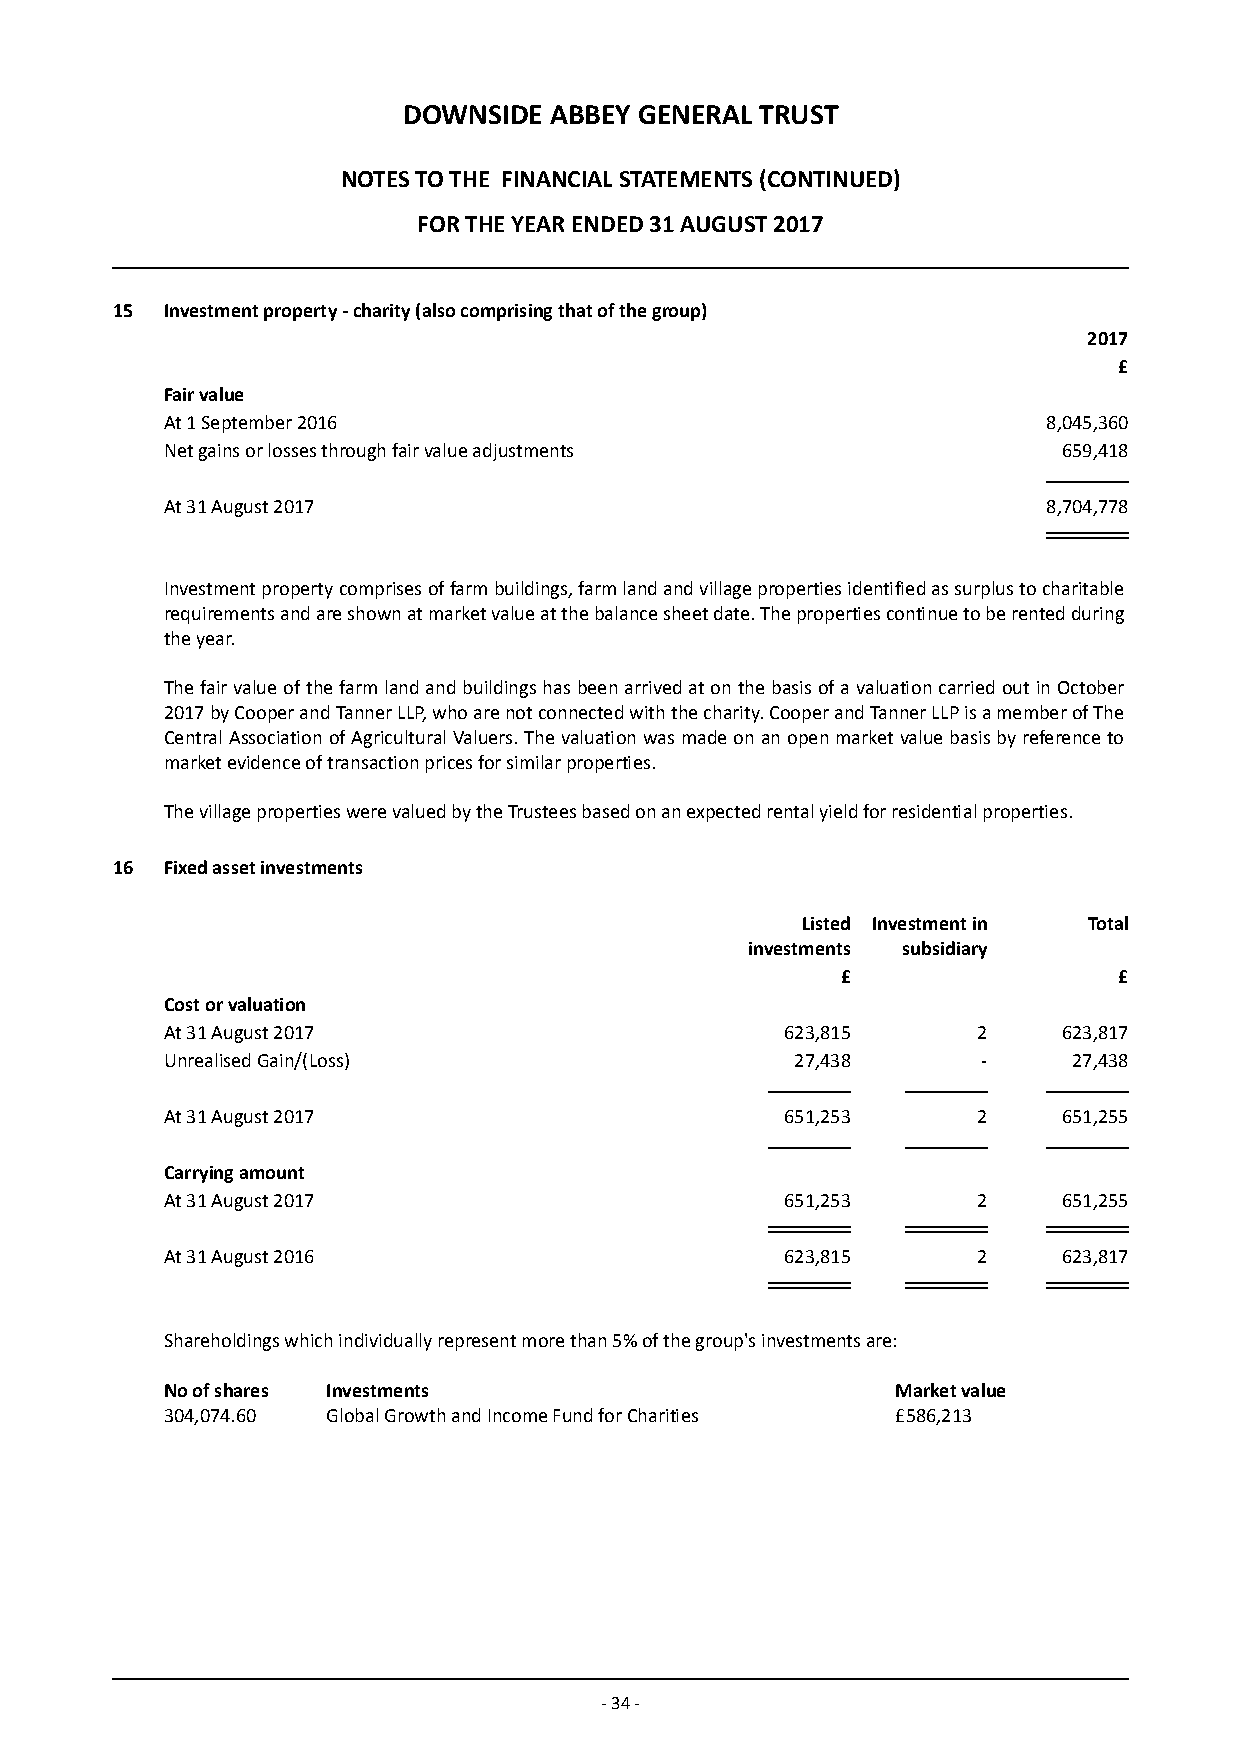
DOWNSIDE ABBEY GENERAL TRUST
 NOTES TO THE FINANCIAL STATEMENTS (CONTINUED)
 FOR THE YEAR ENDED 31 AUGUST 2017
 15  Investment property - charity (also comprising that of the group)
 2017
 £
 Fair value
 At 1 September 2016                                       8,045,360
 Net gains or losses through fair value adjustments         659,418
 At 31 August 2017                                         8,704,778
 Investment property comprises of farm buildings, farm land and village properties identified as surplus to charitable
 requirements and are shown at market value at the balance sheet date. The properties continue to be rented during
 the year.
 The fair value of the farm land and buildings has been arrived at on the basis of a valuation carried out in October
 2017 by Cooper and Tanner LLP, who are not connected with the charity. Cooper and Tanner LLP is a member of The
 Central Association of Agricultural Valuers. The valuation was made on an open market value basis by reference to
 market evidence of transaction prices for similar properties.
 The village properties were valued by the Trustees based on an expected rental yield for residential properties.
 16  Fixed asset investments
 Listed Investment in Total
 investments subsidiary
 £                 £
 Cost or valuation
 At 31 August 2017                        623,815      2    623,817
 Unrealised Gain/(Loss)                    27,438      -     27,438
 At 31 August 2017                        651,253      2    651,255
 Carrying amount
 At 31 August 2017                        651,253      2    651,255
 At 31 August 2016                        623,815      2    623,817
 Shareholdings which individually represent more than 5% of the group's investments are:
 No of shares Investments                        Market value
 304,074.60 Global Growth and Income Fund for Charities £586,213
 - 34 -